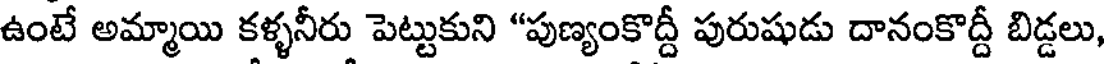
ఉంటే అమ్మాయి కళ్ళనీరు పెట్టుకుని "పుణ్యంకొద్దీ పురుషుడు దానంకొద్దీ బిడ్డలు,